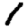
Digit: 1